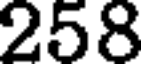
258